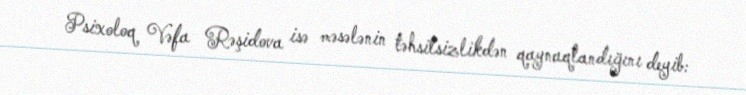
Psixoloq Vəfa Rəşidova isə məsələnin təhsilsizlikdən qaynaqlandığını deyib: